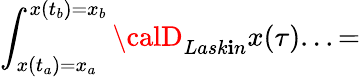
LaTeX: \int_{x(t_{a})=x_{a}}^{x(t_{b})=x_{b}}{\calD}_{Lask\mathbf{i}n}x(\tau)...=